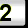
Digit: 2